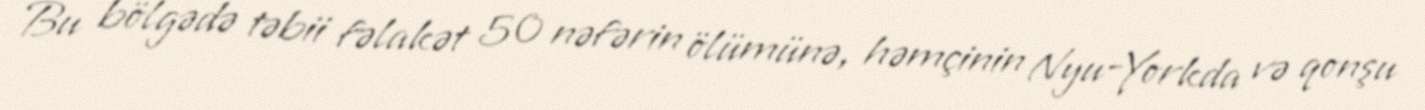
Bu bölgədə təbii fəlakət 50 nəfərin ölümünə, həmçinin Nyu-Yorkda və qonşu